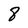
Character: 8